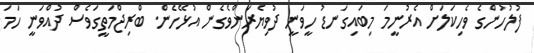
ފުލުހުންގެ ވެހިކަލަށް އެރުނީމަ މިބައިގަނޑު ހީވަނީ ދުވިޔެރަންވެގެން އުޅޭހެން. ބްރިޖްމަތީގަވެސް ދުއްވަނީ ހަމަ